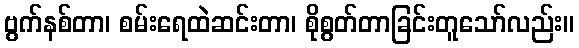
ဗွက်နစ်တာ၊ စမ်းရေထဲဆင်းတာ၊ စိုစွတ်တာခြင်းတူသော်လည်း။